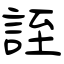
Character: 誈